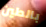
بالطين